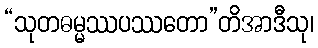
“သုတဓမ္မဿပဿတော”တိအာဒီသု၊